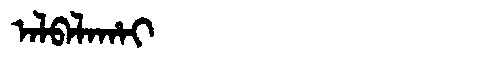
Manchu: ᠠᠯᠪᠠᠯᠠᡥᠠᡳ
Romanization: ALBALAHAI